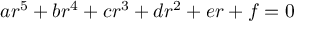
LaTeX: a r ^ { 5 } + b r ^ { 4 } + c r ^ { 3 } + d r ^ { 2 } + e r + f = 0